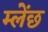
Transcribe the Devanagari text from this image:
म्लेंछ